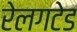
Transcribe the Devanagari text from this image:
रेलगटेड